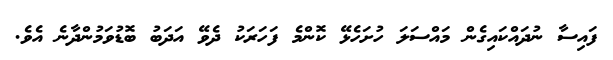
ފައިސާ ނުދައްކައިގެން މައްސަލަ ހުށަހެޅޭ ކޮންމެ ފަހަރަކު ދެވޭ އަދަބު ބޮޑުވަމުންދާނެ އެވެ.